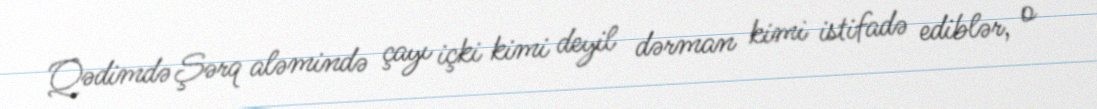
Qədimdə Şərq aləmində çayı içki kimi deyil dərman kimi istifadə ediblər, o